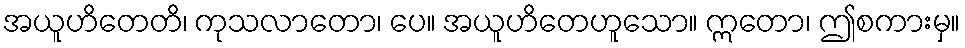
အယူဟိတေတိ၊ ကုသလာတော၊ ပေ။ အယူဟိတေဟူသော။ ဣတော၊ ဤစကားမှ။